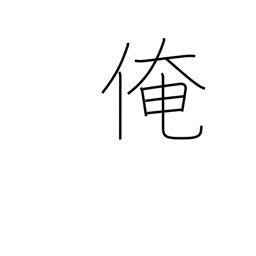
Meaning: myself